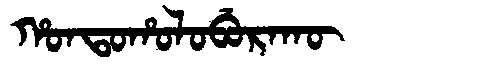
Manchu: ᡥᠣᠨᡨᠣᡥᠣᠯᠣᠪᡠᡵᠠᡴᡡ
Romanization: HONTOHOLOBURAKŪ